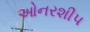
ઓનરશીપ